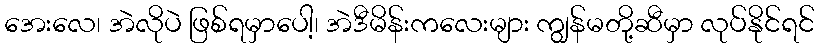
အေးလေ၊ အဲလိုပဲ ဖြစ်ရမှာပေါ့၊ အဲဒီမိန်းကလေးများ ကျွန်မတို့ဆီမှာ လုပ်နိုင်ရင်